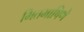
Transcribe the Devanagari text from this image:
मितभाषिणे